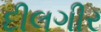
દીલગીર